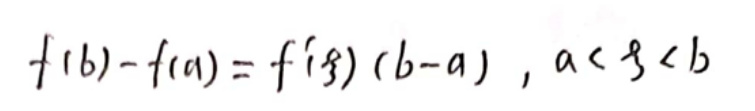
\[
f(b)-f(a)=f'(\xi)(b - a),\ a<\xi<b
\]